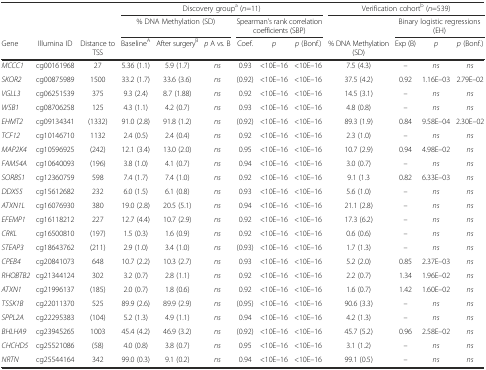
<table><thead><tr><td></td><td></td><td></td><td colspan="6"><b>Discovery group<sup>a</sup> (<i>n</i>=11)</b></td><td colspan="4"><b>Verification cohort<sup>b</sup> (<i>n</i>=539)</b></td></tr><tr><td></td><td></td><td></td><td colspan="3"><b>% DNA Methylation (SD)</b></td><td colspan="3"><b>Spearman’s rank correlation coefficients (SBP)</b></td><td></td><td colspan="3"><b>Binary logistic regressions (EH)</b></td></tr><tr><td><b>Gene</b></td><td><b>Illumina ID</b></td><td><b>Distance to TSS</b></td><td><b>Baseline<sup>A</sup></b></td><td><b>After surgery<sup>B</sup></b></td><td><b><i>p</i> A vs. B</b></td><td><b>Coef.</b></td><td><b><i>p</i></b></td><td><b><i>p</i> (Bonf.)</b></td><td><b>% DNA Methylation (SD)</b></td><td><b>Exp (B)</b></td><td><b><i>p</i></b></td><td><b><i>p</i> (Bonf.)</b></td></tr></thead><tbody><tr><td><i>MCCC1</i></td><td>cg00161968</td><td>27</td><td>5.36 (1.1)</td><td>5.9 (1.7)</td><td><i>ns</i></td><td>0.93</td><td>&lt;10E–16</td><td>&lt;10E–16</td><td>7.5 (4.3)</td><td>–</td><td><i>ns</i></td><td><i>ns</i></td></tr><tr><td><i>SKOR2</i></td><td>cg00875989</td><td>1500</td><td>33.2 (1.7)</td><td>33.6 (3.6)</td><td><i>ns</i></td><td>(0.92)</td><td>&lt;10E–16</td><td>&lt;10E–16</td><td>37.5 (4.2)</td><td>0.92</td><td>1.16E–03</td><td>2.79E–02</td></tr><tr><td><i>VGLL3</i></td><td>cg06251539</td><td>375</td><td>9.3 (2.4)</td><td>8.7 (1.88)</td><td><i>ns</i></td><td>0.92</td><td>&lt;10E–16</td><td>&lt;10E–16</td><td>14.5 (3.1)</td><td>–</td><td><i>ns</i></td><td><i>ns</i></td></tr><tr><td><i>WSB1</i></td><td>cg08706258</td><td>125</td><td>4.3 (1.1)</td><td>4.2 (0.7)</td><td><i>ns</i></td><td>0.93</td><td>&lt;10E–16</td><td>&lt;10E–16</td><td>4.8 (0.8)</td><td>–</td><td><i>ns</i></td><td><i>ns</i></td></tr><tr><td><i>EHMT2</i></td><td>cg09134341</td><td>(1332)</td><td>91.0 (2.8)</td><td>91.8 (1.2)</td><td><i>ns</i></td><td>(0.92)</td><td>&lt;10E–16</td><td>&lt;10E–16</td><td>89.3 (1.9)</td><td>0.84</td><td>9.58E–04</td><td>2.30E–02</td></tr><tr><td><i>TCF12</i></td><td>cg10146710</td><td>1132</td><td>2.4 (0.5)</td><td>2.4 (0.4)</td><td><i>ns</i></td><td>0.92</td><td>&lt;10E–16</td><td>&lt;10E–16</td><td>2.3 (1.0)</td><td>–</td><td><i>ns</i></td><td><i>ns</i></td></tr><tr><td><i>MAP2K4</i></td><td>cg10596925</td><td>(242)</td><td>12.1 (3.4)</td><td>13.0 (2.0)</td><td><i>ns</i></td><td>0.95</td><td>&lt;10E–16</td><td>&lt;10E–16</td><td>10.7 (2.9)</td><td>0.94</td><td>4.98E–02</td><td><i>ns</i></td></tr><tr><td><i>FAM54A</i></td><td>cg10640093</td><td>(196)</td><td>3.8 (1.0)</td><td>4.1 (0.7)</td><td><i>ns</i></td><td>0.94</td><td>&lt;10E–16</td><td>&lt;10E–16</td><td>3.0 (0.7)</td><td>–</td><td><i>ns</i></td><td><i>ns</i></td></tr><tr><td><i>SORBS1</i></td><td>cg12360759</td><td>598</td><td>7.4 (1.7)</td><td>7.4 (1.0)</td><td><i>ns</i></td><td>0.92</td><td>&lt;10E–16</td><td>&lt;10E–16</td><td>9.1 (1.3</td><td>0.82</td><td>6.33E–03</td><td><i>ns</i></td></tr><tr><td><i>DDX55</i></td><td>cg15612682</td><td>232</td><td>6.0 (1.5)</td><td>6.1 (0.8)</td><td><i>ns</i></td><td>0.93</td><td>&lt;10E–16</td><td>&lt;10E–16</td><td>5.6 (1.0)</td><td>–</td><td><i>ns</i></td><td><i>ns</i></td></tr><tr><td><i>ATXN1L</i></td><td>cg16076930</td><td>380</td><td>19.0 (2.8)</td><td>20.5 (5.1)</td><td><i>ns</i></td><td>0.94</td><td>&lt;10E–16</td><td>&lt;10E–16</td><td>21.1 (2.8)</td><td>–</td><td><i>ns</i></td><td><i>ns</i></td></tr><tr><td><i>EFEMP1</i></td><td>cg16118212</td><td>227</td><td>12.7 (4.4)</td><td>10.7 (2.9)</td><td><i>ns</i></td><td>0.92</td><td>&lt;10E–16</td><td>&lt;10E–16</td><td>17.3 (6.2)</td><td>–</td><td><i>ns</i></td><td><i>ns</i></td></tr><tr><td><i>CRKL</i></td><td>cg16500810</td><td>(197)</td><td>1.5 (0.3)</td><td>1.6 (0.9)</td><td><i>ns</i></td><td>0.92</td><td>&lt;10E–16</td><td>&lt;10E–16</td><td>0.6 (0.6)</td><td>–</td><td><i>ns</i></td><td><i>ns</i></td></tr><tr><td><i>STEAP3</i></td><td>cg18643762</td><td>(211)</td><td>2.9 (1.0)</td><td>3.4 (1.0)</td><td><i>ns</i></td><td>(0.93)</td><td>&lt;10E–16</td><td>&lt;10E–16</td><td>1.7 (1.3)</td><td>–</td><td><i>ns</i></td><td><i>ns</i></td></tr><tr><td><i>CPEB4</i></td><td>cg20841073</td><td>648</td><td>10.7 (2.2)</td><td>10.3 (2.7)</td><td><i>ns</i></td><td>0.93</td><td>&lt;10E–16</td><td>&lt;10E–16</td><td>5.2 (2.0)</td><td>0.85</td><td>2.37E–03</td><td><i>ns</i></td></tr><tr><td><i>RHOBTB2</i></td><td>cg21344124</td><td>302</td><td>3.2 (0.7)</td><td>2.8 (1.1)</td><td><i>ns</i></td><td>0.92</td><td>&lt;10E–16</td><td>&lt;10E–16</td><td>2.2 (0.7)</td><td>1.34</td><td>1.96E–02</td><td><i>ns</i></td></tr><tr><td><i>ATXN1</i></td><td>cg21996137</td><td>(185)</td><td>2.0 (0.7)</td><td>1.8 (0.6)</td><td><i>ns</i></td><td>0.92</td><td>&lt;10E–16</td><td>&lt;10E–16</td><td>1.6 (0.7)</td><td>1.42</td><td>1.60E–02</td><td><i>ns</i></td></tr><tr><td><i>TSSK1B</i></td><td>cg22011370</td><td>525</td><td>89.9 (2.6)</td><td>89.9 (2.9)</td><td><i>ns</i></td><td>(0.95)</td><td>&lt;10E–16</td><td>&lt;10E–16</td><td>90.6 (3.3)</td><td>–</td><td><i>ns</i></td><td><i>ns</i></td></tr><tr><td><i>SPPL2A</i></td><td>cg22295383</td><td>(104)</td><td>5.2 (1.3)</td><td>4.9 (1.1)</td><td><i>ns</i></td><td>0.94</td><td>&lt;10E–16</td><td>&lt;10E–16</td><td>4.2 (1.3)</td><td>–</td><td><i>ns</i></td><td><i>ns</i></td></tr><tr><td><i>BHLHA9</i></td><td>cg23945265</td><td>1003</td><td>45.4 (4.2)</td><td>46.9 (3.2)</td><td><i>ns</i></td><td>(0.92)</td><td>&lt;10E–16</td><td>&lt;10E–16</td><td>45.7 (5.2)</td><td>0.96</td><td>2.58E–02</td><td><i>ns</i></td></tr><tr><td><i>CHCHD5</i></td><td>cg25521086</td><td>(58)</td><td>4.0 (0.8)</td><td>3.8 (0.7)</td><td><i>ns</i></td><td>0.95</td><td>&lt;10E–16</td><td>&lt;10E–16</td><td>3.1 (1.2)</td><td>–</td><td><i>ns</i></td><td><i>ns</i></td></tr><tr><td><i>NRTN</i></td><td>cg25544164</td><td>342</td><td>99.0 (0.3)</td><td>9.1 (0.2)</td><td><i>ns</i></td><td>0.94</td><td>&lt;10E–16</td><td>&lt;10E–16</td><td>99.1 (0.5)</td><td>–</td><td><i>ns</i></td><td><i>ns</i></td></tr></tbody></table>